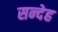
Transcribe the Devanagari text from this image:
सन्‍देह